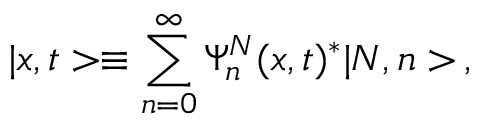
| x , t > \equiv \sum _ { n = 0 } ^ { \infty } \Psi _ { n } ^ { N } ( x , t ) ^ { * } | N , n > \, ,